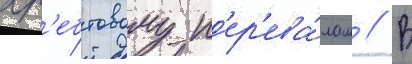
хр'ебтовому п'ер'ева́лам // В